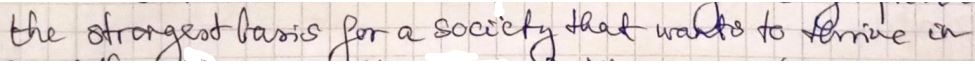
the strongest basis for a society that wants to thrive in